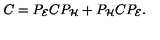
C = P _ { \cal E } C P _ { \cal H } + P _ { \cal H } C P _ { \cal E } .